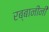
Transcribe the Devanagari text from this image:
रब्बानींनी